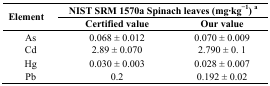
<table><thead><tr><td rowspan="2"><b>Element</b></td><td colspan="2"><b>NIST SRM 1570a Spinach leaves (mg·kg<sup>−1</sup>) <sup>a</sup></b></td></tr><tr><td><b>Certified value</b></td><td><b>Our value</b></td></tr></thead><tbody><tr><td>As</td><td>0.068 ± 0.012</td><td>0.070 ± 0.009</td></tr><tr><td>Cd</td><td>2.89 ± 0.070</td><td>2.790 ± 0. 1</td></tr><tr><td>Hg</td><td>0.030 ± 0.003</td><td>0.028 ± 0.007</td></tr><tr><td>Pb</td><td>0.2</td><td>0.192 ± 0.02</td></tr></tbody></table>